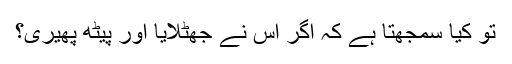
تو کیا سمجھتا ہے کہ اگر اس نے جھٹلایا اور پیٹھ پھیری؟